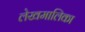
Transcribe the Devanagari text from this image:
लेखमालिका